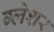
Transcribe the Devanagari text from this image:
ग्लेशर